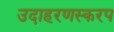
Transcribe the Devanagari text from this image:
उदाहरणस्करप